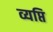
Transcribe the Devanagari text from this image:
व्यप्ति